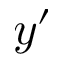
y ^ { \prime }